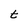
Character: t